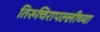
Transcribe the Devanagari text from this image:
तिरुचिरापल्लीच्या